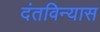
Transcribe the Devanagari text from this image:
दंतविन्यास